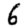
Digit: 6